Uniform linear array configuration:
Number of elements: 64
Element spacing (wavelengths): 0.75
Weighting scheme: exponential
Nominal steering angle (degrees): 60
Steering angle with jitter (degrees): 60.391
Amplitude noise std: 0.05
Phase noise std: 0.05

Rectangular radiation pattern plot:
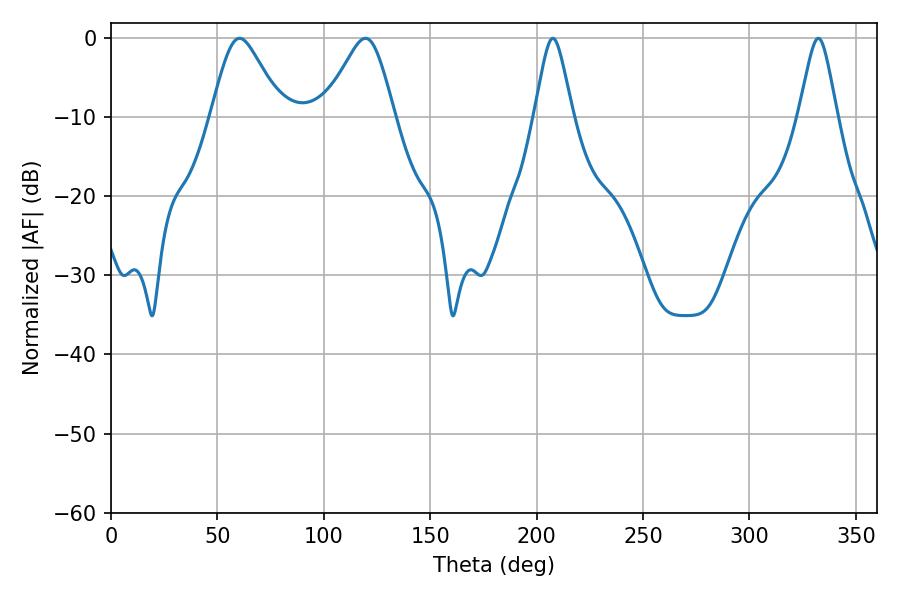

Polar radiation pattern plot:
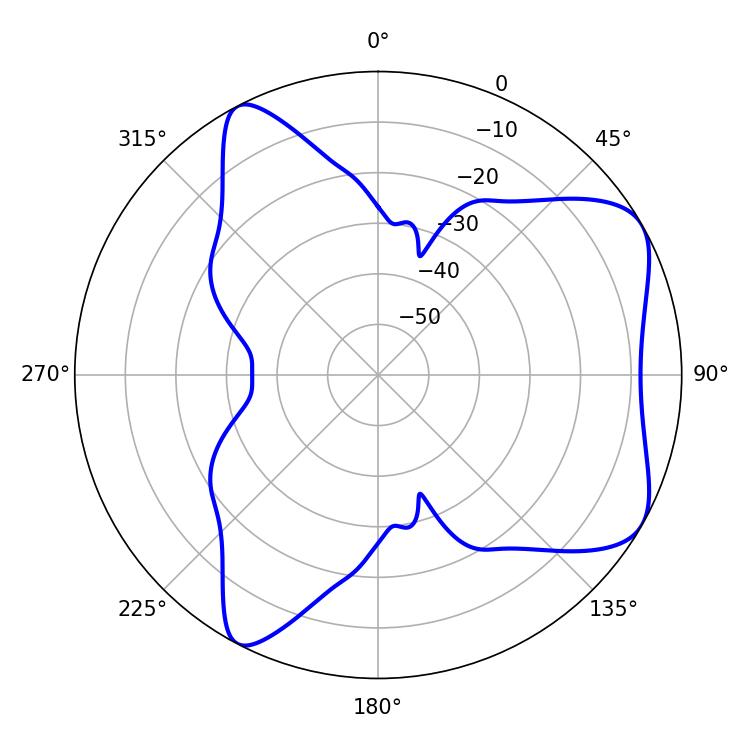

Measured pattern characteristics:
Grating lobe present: TRUE
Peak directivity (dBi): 6.479
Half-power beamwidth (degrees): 16.02
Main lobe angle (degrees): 60.48